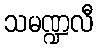
သမဏ္ဍလီ